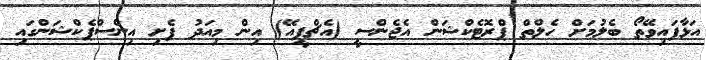
އަޅާފައިވޭތޯ ބެލުމަށް ހެލްތް ޕްރޮޓެކްޝަން އެޖެންސީ (އެޗްޕީއޭ) އިން މިއަދު ފެށި އިންސްޕެކްޝަންގައި